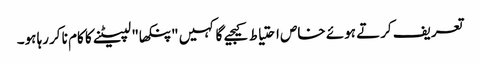
تعریف کرتے ہوئے خاص احتیاط کیجیے گا کہیں "پنکھا" لپیٹنے کا کام نا کررہا ہو۔